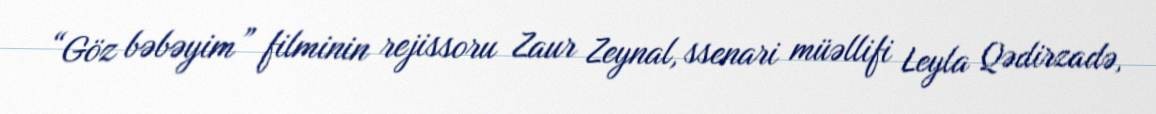
“Göz bəbəyim” filminin rejissoru Zaur Zeynal, ssenari müəllifi Leyla Qədirzadə,